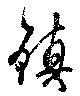
鎮